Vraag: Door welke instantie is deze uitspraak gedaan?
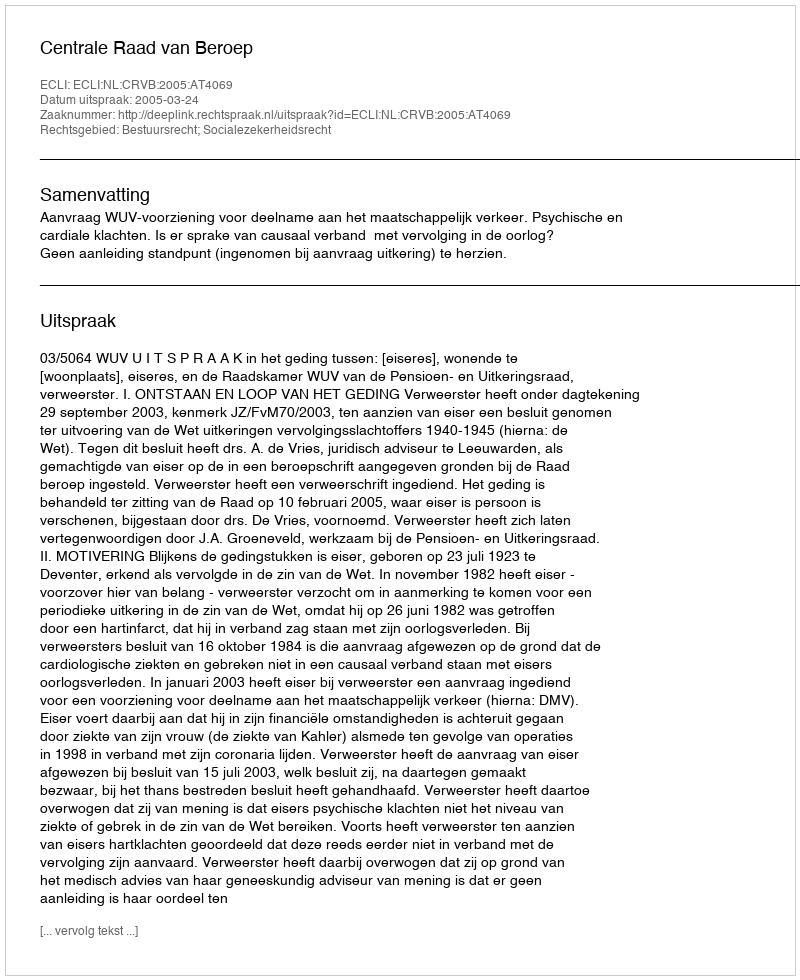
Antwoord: Centrale Raad van Beroep